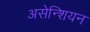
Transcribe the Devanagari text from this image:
असेन्शियन